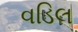
વડિલ